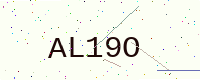
Text: AL19O